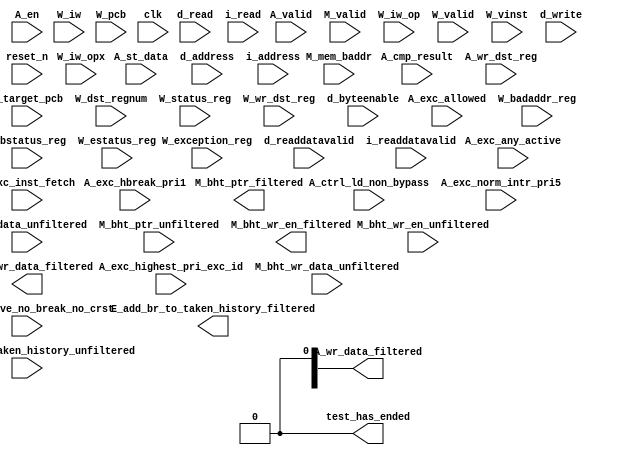
//Legal Notice: (C)2019 Altera Corporation. All rights reserved.  Your
//use of Altera Corporation's design tools, logic functions and other
//software and tools, and its AMPP partner logic functions, and any
//output files any of the foregoing (including device programming or
//simulation files), and any associated documentation or information are
//expressly subject to the terms and conditions of the Altera Program
//License Subscription Agreement or other applicable license agreement,
//including, without limitation, that your use is for the sole purpose
//of programming logic devices manufactured by Altera and sold by Altera
//or its authorized distributors.  Please refer to the applicable
//agreement for further details.

// synthesis translate_off
`timescale 1ns / 1ps
// synthesis translate_on

// turn off superfluous verilog processor warnings 
// altera message_level Level1 
// altera message_off 10034 10035 10036 10037 10230 10240 10030 

module system_worker_2_cpu_cpu_test_bench (
                                            // inputs:
                                             A_cmp_result,
                                             A_ctrl_ld_non_bypass,
                                             A_en,
                                             A_exc_active_no_break_no_crst,
                                             A_exc_allowed,
                                             A_exc_any_active,
                                             A_exc_hbreak_pri1,
                                             A_exc_highest_pri_exc_id,
                                             A_exc_inst_fetch,
                                             A_exc_norm_intr_pri5,
                                             A_st_data,
                                             A_valid,
                                             A_wr_data_unfiltered,
                                             A_wr_dst_reg,
                                             E_add_br_to_taken_history_unfiltered,
                                             M_bht_ptr_unfiltered,
                                             M_bht_wr_data_unfiltered,
                                             M_bht_wr_en_unfiltered,
                                             M_mem_baddr,
                                             M_target_pcb,
                                             M_valid,
                                             W_badaddr_reg,
                                             W_bstatus_reg,
                                             W_dst_regnum,
                                             W_estatus_reg,
                                             W_exception_reg,
                                             W_iw,
                                             W_iw_op,
                                             W_iw_opx,
                                             W_pcb,
                                             W_status_reg,
                                             W_valid,
                                             W_vinst,
                                             W_wr_dst_reg,
                                             clk,
                                             d_address,
                                             d_byteenable,
                                             d_read,
                                             d_readdatavalid,
                                             d_write,
                                             i_address,
                                             i_read,
                                             i_readdatavalid,
                                             reset_n,

                                            // outputs:
                                             A_wr_data_filtered,
                                             E_add_br_to_taken_history_filtered,
                                             M_bht_ptr_filtered,
                                             M_bht_wr_data_filtered,
                                             M_bht_wr_en_filtered,
                                             test_has_ended
                                          )
;

  output  [ 31: 0] A_wr_data_filtered;
  output           E_add_br_to_taken_history_filtered;
  output  [  7: 0] M_bht_ptr_filtered;
  output  [  1: 0] M_bht_wr_data_filtered;
  output           M_bht_wr_en_filtered;
  output           test_has_ended;
  input            A_cmp_result;
  input            A_ctrl_ld_non_bypass;
  input            A_en;
  input            A_exc_active_no_break_no_crst;
  input            A_exc_allowed;
  input            A_exc_any_active;
  input            A_exc_hbreak_pri1;
  input   [ 31: 0] A_exc_highest_pri_exc_id;
  input            A_exc_inst_fetch;
  input            A_exc_norm_intr_pri5;
  input   [ 31: 0] A_st_data;
  input            A_valid;
  input   [ 31: 0] A_wr_data_unfiltered;
  input            A_wr_dst_reg;
  input            E_add_br_to_taken_history_unfiltered;
  input   [  7: 0] M_bht_ptr_unfiltered;
  input   [  1: 0] M_bht_wr_data_unfiltered;
  input            M_bht_wr_en_unfiltered;
  input   [ 29: 0] M_mem_baddr;
  input   [ 29: 0] M_target_pcb;
  input            M_valid;
  input   [ 31: 0] W_badaddr_reg;
  input   [ 31: 0] W_bstatus_reg;
  input   [  4: 0] W_dst_regnum;
  input   [ 31: 0] W_estatus_reg;
  input   [ 31: 0] W_exception_reg;
  input   [ 31: 0] W_iw;
  input   [  5: 0] W_iw_op;
  input   [  5: 0] W_iw_opx;
  input   [ 29: 0] W_pcb;
  input   [ 31: 0] W_status_reg;
  input            W_valid;
  input   [ 71: 0] W_vinst;
  input            W_wr_dst_reg;
  input            clk;
  input   [ 29: 0] d_address;
  input   [  3: 0] d_byteenable;
  input            d_read;
  input            d_readdatavalid;
  input            d_write;
  input   [ 29: 0] i_address;
  input            i_read;
  input            i_readdatavalid;
  input            reset_n;


wire             A_iw_invalid;
reg     [ 29: 0] A_mem_baddr;
reg     [ 29: 0] A_target_pcb;
wire    [ 31: 0] A_wr_data_filtered;
wire             A_wr_data_unfiltered_0_is_x;
wire             A_wr_data_unfiltered_10_is_x;
wire             A_wr_data_unfiltered_11_is_x;
wire             A_wr_data_unfiltered_12_is_x;
wire             A_wr_data_unfiltered_13_is_x;
wire             A_wr_data_unfiltered_14_is_x;
wire             A_wr_data_unfiltered_15_is_x;
wire             A_wr_data_unfiltered_16_is_x;
wire             A_wr_data_unfiltered_17_is_x;
wire             A_wr_data_unfiltered_18_is_x;
wire             A_wr_data_unfiltered_19_is_x;
wire             A_wr_data_unfiltered_1_is_x;
wire             A_wr_data_unfiltered_20_is_x;
wire             A_wr_data_unfiltered_21_is_x;
wire             A_wr_data_unfiltered_22_is_x;
wire             A_wr_data_unfiltered_23_is_x;
wire             A_wr_data_unfiltered_24_is_x;
wire             A_wr_data_unfiltered_25_is_x;
wire             A_wr_data_unfiltered_26_is_x;
wire             A_wr_data_unfiltered_27_is_x;
wire             A_wr_data_unfiltered_28_is_x;
wire             A_wr_data_unfiltered_29_is_x;
wire             A_wr_data_unfiltered_2_is_x;
wire             A_wr_data_unfiltered_30_is_x;
wire             A_wr_data_unfiltered_31_is_x;
wire             A_wr_data_unfiltered_3_is_x;
wire             A_wr_data_unfiltered_4_is_x;
wire             A_wr_data_unfiltered_5_is_x;
wire             A_wr_data_unfiltered_6_is_x;
wire             A_wr_data_unfiltered_7_is_x;
wire             A_wr_data_unfiltered_8_is_x;
wire             A_wr_data_unfiltered_9_is_x;
wire             E_add_br_to_taken_history_filtered;
wire             E_add_br_to_taken_history_unfiltered_is_x;
wire    [  7: 0] M_bht_ptr_filtered;
wire             M_bht_ptr_unfiltered_0_is_x;
wire             M_bht_ptr_unfiltered_1_is_x;
wire             M_bht_ptr_unfiltered_2_is_x;
wire             M_bht_ptr_unfiltered_3_is_x;
wire             M_bht_ptr_unfiltered_4_is_x;
wire             M_bht_ptr_unfiltered_5_is_x;
wire             M_bht_ptr_unfiltered_6_is_x;
wire             M_bht_ptr_unfiltered_7_is_x;
wire    [  1: 0] M_bht_wr_data_filtered;
wire             M_bht_wr_data_unfiltered_0_is_x;
wire             M_bht_wr_data_unfiltered_1_is_x;
wire             M_bht_wr_en_filtered;
wire             M_bht_wr_en_unfiltered_is_x;
reg              W_cmp_result;
reg              W_exc_any_active;
reg     [ 31: 0] W_exc_highest_pri_exc_id;
wire             W_is_opx_inst;
reg              W_iw_invalid;
wire             W_op_add;
wire             W_op_addi;
wire             W_op_and;
wire             W_op_andhi;
wire             W_op_andi;
wire             W_op_beq;
wire             W_op_bge;
wire             W_op_bgeu;
wire             W_op_blt;
wire             W_op_bltu;
wire             W_op_bne;
wire             W_op_br;
wire             W_op_break;
wire             W_op_bret;
wire             W_op_call;
wire             W_op_callr;
wire             W_op_cmpeq;
wire             W_op_cmpeqi;
wire             W_op_cmpge;
wire             W_op_cmpgei;
wire             W_op_cmpgeu;
wire             W_op_cmpgeui;
wire             W_op_cmplt;
wire             W_op_cmplti;
wire             W_op_cmpltu;
wire             W_op_cmpltui;
wire             W_op_cmpne;
wire             W_op_cmpnei;
wire             W_op_crst;
wire             W_op_custom;
wire             W_op_div;
wire             W_op_divu;
wire             W_op_eret;
wire             W_op_flushd;
wire             W_op_flushda;
wire             W_op_flushi;
wire             W_op_flushp;
wire             W_op_hbreak;
wire             W_op_initd;
wire             W_op_initda;
wire             W_op_initi;
wire             W_op_intr;
wire             W_op_jmp;
wire             W_op_jmpi;
wire             W_op_ldb;
wire             W_op_ldbio;
wire             W_op_ldbu;
wire             W_op_ldbuio;
wire             W_op_ldh;
wire             W_op_ldhio;
wire             W_op_ldhu;
wire             W_op_ldhuio;
wire             W_op_ldl;
wire             W_op_ldw;
wire             W_op_ldwio;
wire             W_op_mul;
wire             W_op_muli;
wire             W_op_mulxss;
wire             W_op_mulxsu;
wire             W_op_mulxuu;
wire             W_op_nextpc;
wire             W_op_nor;
wire             W_op_op_rsv02;
wire             W_op_op_rsv09;
wire             W_op_op_rsv10;
wire             W_op_op_rsv17;
wire             W_op_op_rsv18;
wire             W_op_op_rsv25;
wire             W_op_op_rsv26;
wire             W_op_op_rsv33;
wire             W_op_op_rsv34;
wire             W_op_op_rsv41;
wire             W_op_op_rsv42;
wire             W_op_op_rsv49;
wire             W_op_op_rsv57;
wire             W_op_op_rsv61;
wire             W_op_op_rsv62;
wire             W_op_op_rsv63;
wire             W_op_opx_rsv00;
wire             W_op_opx_rsv10;
wire             W_op_opx_rsv15;
wire             W_op_opx_rsv17;
wire             W_op_opx_rsv21;
wire             W_op_opx_rsv25;
wire             W_op_opx_rsv33;
wire             W_op_opx_rsv34;
wire             W_op_opx_rsv35;
wire             W_op_opx_rsv42;
wire             W_op_opx_rsv43;
wire             W_op_opx_rsv44;
wire             W_op_opx_rsv47;
wire             W_op_opx_rsv50;
wire             W_op_opx_rsv51;
wire             W_op_opx_rsv55;
wire             W_op_opx_rsv56;
wire             W_op_opx_rsv60;
wire             W_op_opx_rsv63;
wire             W_op_or;
wire             W_op_orhi;
wire             W_op_ori;
wire             W_op_rdctl;
wire             W_op_rdprs;
wire             W_op_ret;
wire             W_op_rol;
wire             W_op_roli;
wire             W_op_ror;
wire             W_op_sll;
wire             W_op_slli;
wire             W_op_sra;
wire             W_op_srai;
wire             W_op_srl;
wire             W_op_srli;
wire             W_op_stb;
wire             W_op_stbio;
wire             W_op_stc;
wire             W_op_sth;
wire             W_op_sthio;
wire             W_op_stw;
wire             W_op_stwio;
wire             W_op_sub;
wire             W_op_sync;
wire             W_op_trap;
wire             W_op_wrctl;
wire             W_op_wrprs;
wire             W_op_xor;
wire             W_op_xorhi;
wire             W_op_xori;
reg     [ 31: 0] W_st_data;
reg     [ 29: 0] W_target_pcb;
reg              W_valid_crst;
reg              W_valid_hbreak;
reg              W_valid_intr;
reg     [ 31: 0] W_wr_data_filtered;
wire             test_has_ended;
  assign W_op_call = W_iw_op == 0;
  assign W_op_jmpi = W_iw_op == 1;
  assign W_op_op_rsv02 = W_iw_op == 2;
  assign W_op_ldbu = W_iw_op == 3;
  assign W_op_addi = W_iw_op == 4;
  assign W_op_stb = W_iw_op == 5;
  assign W_op_br = W_iw_op == 6;
  assign W_op_ldb = W_iw_op == 7;
  assign W_op_cmpgei = W_iw_op == 8;
  assign W_op_op_rsv09 = W_iw_op == 9;
  assign W_op_op_rsv10 = W_iw_op == 10;
  assign W_op_ldhu = W_iw_op == 11;
  assign W_op_andi = W_iw_op == 12;
  assign W_op_sth = W_iw_op == 13;
  assign W_op_bge = W_iw_op == 14;
  assign W_op_ldh = W_iw_op == 15;
  assign W_op_cmplti = W_iw_op == 16;
  assign W_op_op_rsv17 = W_iw_op == 17;
  assign W_op_op_rsv18 = W_iw_op == 18;
  assign W_op_initda = W_iw_op == 19;
  assign W_op_ori = W_iw_op == 20;
  assign W_op_stw = W_iw_op == 21;
  assign W_op_blt = W_iw_op == 22;
  assign W_op_ldw = W_iw_op == 23;
  assign W_op_cmpnei = W_iw_op == 24;
  assign W_op_op_rsv25 = W_iw_op == 25;
  assign W_op_op_rsv26 = W_iw_op == 26;
  assign W_op_flushda = W_iw_op == 27;
  assign W_op_xori = W_iw_op == 28;
  assign W_op_stc = W_iw_op == 29;
  assign W_op_bne = W_iw_op == 30;
  assign W_op_ldl = W_iw_op == 31;
  assign W_op_cmpeqi = W_iw_op == 32;
  assign W_op_op_rsv33 = W_iw_op == 33;
  assign W_op_op_rsv34 = W_iw_op == 34;
  assign W_op_ldbuio = W_iw_op == 35;
  assign W_op_muli = W_iw_op == 36;
  assign W_op_stbio = W_iw_op == 37;
  assign W_op_beq = W_iw_op == 38;
  assign W_op_ldbio = W_iw_op == 39;
  assign W_op_cmpgeui = W_iw_op == 40;
  assign W_op_op_rsv41 = W_iw_op == 41;
  assign W_op_op_rsv42 = W_iw_op == 42;
  assign W_op_ldhuio = W_iw_op == 43;
  assign W_op_andhi = W_iw_op == 44;
  assign W_op_sthio = W_iw_op == 45;
  assign W_op_bgeu = W_iw_op == 46;
  assign W_op_ldhio = W_iw_op == 47;
  assign W_op_cmpltui = W_iw_op == 48;
  assign W_op_op_rsv49 = W_iw_op == 49;
  assign W_op_custom = W_iw_op == 50;
  assign W_op_initd = W_iw_op == 51;
  assign W_op_orhi = W_iw_op == 52;
  assign W_op_stwio = W_iw_op == 53;
  assign W_op_bltu = W_iw_op == 54;
  assign W_op_ldwio = W_iw_op == 55;
  assign W_op_rdprs = W_iw_op == 56;
  assign W_op_op_rsv57 = W_iw_op == 57;
  assign W_op_flushd = W_iw_op == 59;
  assign W_op_xorhi = W_iw_op == 60;
  assign W_op_op_rsv61 = W_iw_op == 61;
  assign W_op_op_rsv62 = W_iw_op == 62;
  assign W_op_op_rsv63 = W_iw_op == 63;
  assign W_op_opx_rsv00 = (W_iw_opx == 0) & W_is_opx_inst;
  assign W_op_eret = (W_iw_opx == 1) & W_is_opx_inst;
  assign W_op_roli = (W_iw_opx == 2) & W_is_opx_inst;
  assign W_op_rol = (W_iw_opx == 3) & W_is_opx_inst;
  assign W_op_flushp = (W_iw_opx == 4) & W_is_opx_inst;
  assign W_op_ret = (W_iw_opx == 5) & W_is_opx_inst;
  assign W_op_nor = (W_iw_opx == 6) & W_is_opx_inst;
  assign W_op_mulxuu = (W_iw_opx == 7) & W_is_opx_inst;
  assign W_op_cmpge = (W_iw_opx == 8) & W_is_opx_inst;
  assign W_op_bret = (W_iw_opx == 9) & W_is_opx_inst;
  assign W_op_opx_rsv10 = (W_iw_opx == 10) & W_is_opx_inst;
  assign W_op_ror = (W_iw_opx == 11) & W_is_opx_inst;
  assign W_op_flushi = (W_iw_opx == 12) & W_is_opx_inst;
  assign W_op_jmp = (W_iw_opx == 13) & W_is_opx_inst;
  assign W_op_and = (W_iw_opx == 14) & W_is_opx_inst;
  assign W_op_opx_rsv15 = (W_iw_opx == 15) & W_is_opx_inst;
  assign W_op_cmplt = (W_iw_opx == 16) & W_is_opx_inst;
  assign W_op_opx_rsv17 = (W_iw_opx == 17) & W_is_opx_inst;
  assign W_op_slli = (W_iw_opx == 18) & W_is_opx_inst;
  assign W_op_sll = (W_iw_opx == 19) & W_is_opx_inst;
  assign W_op_wrprs = (W_iw_opx == 20) & W_is_opx_inst;
  assign W_op_opx_rsv21 = (W_iw_opx == 21) & W_is_opx_inst;
  assign W_op_or = (W_iw_opx == 22) & W_is_opx_inst;
  assign W_op_mulxsu = (W_iw_opx == 23) & W_is_opx_inst;
  assign W_op_cmpne = (W_iw_opx == 24) & W_is_opx_inst;
  assign W_op_opx_rsv25 = (W_iw_opx == 25) & W_is_opx_inst;
  assign W_op_srli = (W_iw_opx == 26) & W_is_opx_inst;
  assign W_op_srl = (W_iw_opx == 27) & W_is_opx_inst;
  assign W_op_nextpc = (W_iw_opx == 28) & W_is_opx_inst;
  assign W_op_callr = (W_iw_opx == 29) & W_is_opx_inst;
  assign W_op_xor = (W_iw_opx == 30) & W_is_opx_inst;
  assign W_op_mulxss = (W_iw_opx == 31) & W_is_opx_inst;
  assign W_op_cmpeq = (W_iw_opx == 32) & W_is_opx_inst;
  assign W_op_opx_rsv33 = (W_iw_opx == 33) & W_is_opx_inst;
  assign W_op_opx_rsv34 = (W_iw_opx == 34) & W_is_opx_inst;
  assign W_op_opx_rsv35 = (W_iw_opx == 35) & W_is_opx_inst;
  assign W_op_divu = (W_iw_opx == 36) & W_is_opx_inst;
  assign W_op_div = (W_iw_opx == 37) & W_is_opx_inst;
  assign W_op_rdctl = (W_iw_opx == 38) & W_is_opx_inst;
  assign W_op_mul = (W_iw_opx == 39) & W_is_opx_inst;
  assign W_op_cmpgeu = (W_iw_opx == 40) & W_is_opx_inst;
  assign W_op_initi = (W_iw_opx == 41) & W_is_opx_inst;
  assign W_op_opx_rsv42 = (W_iw_opx == 42) & W_is_opx_inst;
  assign W_op_opx_rsv43 = (W_iw_opx == 43) & W_is_opx_inst;
  assign W_op_opx_rsv44 = (W_iw_opx == 44) & W_is_opx_inst;
  assign W_op_trap = (W_iw_opx == 45) & W_is_opx_inst;
  assign W_op_wrctl = (W_iw_opx == 46) & W_is_opx_inst;
  assign W_op_opx_rsv47 = (W_iw_opx == 47) & W_is_opx_inst;
  assign W_op_cmpltu = (W_iw_opx == 48) & W_is_opx_inst;
  assign W_op_add = (W_iw_opx == 49) & W_is_opx_inst;
  assign W_op_opx_rsv50 = (W_iw_opx == 50) & W_is_opx_inst;
  assign W_op_opx_rsv51 = (W_iw_opx == 51) & W_is_opx_inst;
  assign W_op_break = (W_iw_opx == 52) & W_is_opx_inst;
  assign W_op_hbreak = (W_iw_opx == 53) & W_is_opx_inst;
  assign W_op_sync = (W_iw_opx == 54) & W_is_opx_inst;
  assign W_op_opx_rsv55 = (W_iw_opx == 55) & W_is_opx_inst;
  assign W_op_opx_rsv56 = (W_iw_opx == 56) & W_is_opx_inst;
  assign W_op_sub = (W_iw_opx == 57) & W_is_opx_inst;
  assign W_op_srai = (W_iw_opx == 58) & W_is_opx_inst;
  assign W_op_sra = (W_iw_opx == 59) & W_is_opx_inst;
  assign W_op_opx_rsv60 = (W_iw_opx == 60) & W_is_opx_inst;
  assign W_op_intr = (W_iw_opx == 61) & W_is_opx_inst;
  assign W_op_crst = (W_iw_opx == 62) & W_is_opx_inst;
  assign W_op_opx_rsv63 = (W_iw_opx == 63) & W_is_opx_inst;
  assign W_is_opx_inst = W_iw_op == 58;
  always @(posedge clk or negedge reset_n)
    begin
      if (reset_n == 0)
          A_target_pcb <= 0;
      else if (A_en)
          A_target_pcb <= M_target_pcb;
    end


  always @(posedge clk or negedge reset_n)
    begin
      if (reset_n == 0)
          A_mem_baddr <= 0;
      else if (A_en)
          A_mem_baddr <= M_mem_baddr;
    end


  always @(posedge clk or negedge reset_n)
    begin
      if (reset_n == 0)
          W_wr_data_filtered <= 0;
      else 
        W_wr_data_filtered <= A_wr_data_filtered;
    end


  always @(posedge clk or negedge reset_n)
    begin
      if (reset_n == 0)
          W_st_data <= 0;
      else 
        W_st_data <= A_st_data;
    end


  always @(posedge clk or negedge reset_n)
    begin
      if (reset_n == 0)
          W_cmp_result <= 0;
      else 
        W_cmp_result <= A_cmp_result;
    end


  always @(posedge clk or negedge reset_n)
    begin
      if (reset_n == 0)
          W_target_pcb <= 0;
      else 
        W_target_pcb <= A_target_pcb;
    end


  always @(posedge clk or negedge reset_n)
    begin
      if (reset_n == 0)
          W_valid_hbreak <= 0;
      else 
        W_valid_hbreak <= A_exc_allowed & A_exc_hbreak_pri1;
    end


  always @(posedge clk or negedge reset_n)
    begin
      if (reset_n == 0)
          W_valid_crst <= 0;
      else 
        W_valid_crst <= A_exc_allowed & 0;
    end


  always @(posedge clk or negedge reset_n)
    begin
      if (reset_n == 0)
          W_valid_intr <= 0;
      else 
        W_valid_intr <= A_exc_allowed & A_exc_norm_intr_pri5;
    end


  always @(posedge clk or negedge reset_n)
    begin
      if (reset_n == 0)
          W_exc_any_active <= 0;
      else 
        W_exc_any_active <= A_exc_any_active;
    end


  always @(posedge clk or negedge reset_n)
    begin
      if (reset_n == 0)
          W_exc_highest_pri_exc_id <= 0;
      else 
        W_exc_highest_pri_exc_id <= A_exc_highest_pri_exc_id;
    end


  assign A_iw_invalid = A_exc_inst_fetch & A_exc_active_no_break_no_crst;
  always @(posedge clk or negedge reset_n)
    begin
      if (reset_n == 0)
          W_iw_invalid <= 0;
      else 
        W_iw_invalid <= A_iw_invalid;
    end


  assign test_has_ended = 1'b0;

//synthesis translate_off
//////////////// SIMULATION-ONLY CONTENTS
  //Clearing 'X' data bits
  assign A_wr_data_unfiltered_0_is_x = ^(A_wr_data_unfiltered[0]) === 1'bx;

  assign A_wr_data_filtered[0] = (A_wr_data_unfiltered_0_is_x & (A_ctrl_ld_non_bypass)) ? 1'b0 : A_wr_data_unfiltered[0];
  assign A_wr_data_unfiltered_1_is_x = ^(A_wr_data_unfiltered[1]) === 1'bx;
  assign A_wr_data_filtered[1] = (A_wr_data_unfiltered_1_is_x & (A_ctrl_ld_non_bypass)) ? 1'b0 : A_wr_data_unfiltered[1];
  assign A_wr_data_unfiltered_2_is_x = ^(A_wr_data_unfiltered[2]) === 1'bx;
  assign A_wr_data_filtered[2] = (A_wr_data_unfiltered_2_is_x & (A_ctrl_ld_non_bypass)) ? 1'b0 : A_wr_data_unfiltered[2];
  assign A_wr_data_unfiltered_3_is_x = ^(A_wr_data_unfiltered[3]) === 1'bx;
  assign A_wr_data_filtered[3] = (A_wr_data_unfiltered_3_is_x & (A_ctrl_ld_non_bypass)) ? 1'b0 : A_wr_data_unfiltered[3];
  assign A_wr_data_unfiltered_4_is_x = ^(A_wr_data_unfiltered[4]) === 1'bx;
  assign A_wr_data_filtered[4] = (A_wr_data_unfiltered_4_is_x & (A_ctrl_ld_non_bypass)) ? 1'b0 : A_wr_data_unfiltered[4];
  assign A_wr_data_unfiltered_5_is_x = ^(A_wr_data_unfiltered[5]) === 1'bx;
  assign A_wr_data_filtered[5] = (A_wr_data_unfiltered_5_is_x & (A_ctrl_ld_non_bypass)) ? 1'b0 : A_wr_data_unfiltered[5];
  assign A_wr_data_unfiltered_6_is_x = ^(A_wr_data_unfiltered[6]) === 1'bx;
  assign A_wr_data_filtered[6] = (A_wr_data_unfiltered_6_is_x & (A_ctrl_ld_non_bypass)) ? 1'b0 : A_wr_data_unfiltered[6];
  assign A_wr_data_unfiltered_7_is_x = ^(A_wr_data_unfiltered[7]) === 1'bx;
  assign A_wr_data_filtered[7] = (A_wr_data_unfiltered_7_is_x & (A_ctrl_ld_non_bypass)) ? 1'b0 : A_wr_data_unfiltered[7];
  assign A_wr_data_unfiltered_8_is_x = ^(A_wr_data_unfiltered[8]) === 1'bx;
  assign A_wr_data_filtered[8] = (A_wr_data_unfiltered_8_is_x & (A_ctrl_ld_non_bypass)) ? 1'b0 : A_wr_data_unfiltered[8];
  assign A_wr_data_unfiltered_9_is_x = ^(A_wr_data_unfiltered[9]) === 1'bx;
  assign A_wr_data_filtered[9] = (A_wr_data_unfiltered_9_is_x & (A_ctrl_ld_non_bypass)) ? 1'b0 : A_wr_data_unfiltered[9];
  assign A_wr_data_unfiltered_10_is_x = ^(A_wr_data_unfiltered[10]) === 1'bx;
  assign A_wr_data_filtered[10] = (A_wr_data_unfiltered_10_is_x & (A_ctrl_ld_non_bypass)) ? 1'b0 : A_wr_data_unfiltered[10];
  assign A_wr_data_unfiltered_11_is_x = ^(A_wr_data_unfiltered[11]) === 1'bx;
  assign A_wr_data_filtered[11] = (A_wr_data_unfiltered_11_is_x & (A_ctrl_ld_non_bypass)) ? 1'b0 : A_wr_data_unfiltered[11];
  assign A_wr_data_unfiltered_12_is_x = ^(A_wr_data_unfiltered[12]) === 1'bx;
  assign A_wr_data_filtered[12] = (A_wr_data_unfiltered_12_is_x & (A_ctrl_ld_non_bypass)) ? 1'b0 : A_wr_data_unfiltered[12];
  assign A_wr_data_unfiltered_13_is_x = ^(A_wr_data_unfiltered[13]) === 1'bx;
  assign A_wr_data_filtered[13] = (A_wr_data_unfiltered_13_is_x & (A_ctrl_ld_non_bypass)) ? 1'b0 : A_wr_data_unfiltered[13];
  assign A_wr_data_unfiltered_14_is_x = ^(A_wr_data_unfiltered[14]) === 1'bx;
  assign A_wr_data_filtered[14] = (A_wr_data_unfiltered_14_is_x & (A_ctrl_ld_non_bypass)) ? 1'b0 : A_wr_data_unfiltered[14];
  assign A_wr_data_unfiltered_15_is_x = ^(A_wr_data_unfiltered[15]) === 1'bx;
  assign A_wr_data_filtered[15] = (A_wr_data_unfiltered_15_is_x & (A_ctrl_ld_non_bypass)) ? 1'b0 : A_wr_data_unfiltered[15];
  assign A_wr_data_unfiltered_16_is_x = ^(A_wr_data_unfiltered[16]) === 1'bx;
  assign A_wr_data_filtered[16] = (A_wr_data_unfiltered_16_is_x & (A_ctrl_ld_non_bypass)) ? 1'b0 : A_wr_data_unfiltered[16];
  assign A_wr_data_unfiltered_17_is_x = ^(A_wr_data_unfiltered[17]) === 1'bx;
  assign A_wr_data_filtered[17] = (A_wr_data_unfiltered_17_is_x & (A_ctrl_ld_non_bypass)) ? 1'b0 : A_wr_data_unfiltered[17];
  assign A_wr_data_unfiltered_18_is_x = ^(A_wr_data_unfiltered[18]) === 1'bx;
  assign A_wr_data_filtered[18] = (A_wr_data_unfiltered_18_is_x & (A_ctrl_ld_non_bypass)) ? 1'b0 : A_wr_data_unfiltered[18];
  assign A_wr_data_unfiltered_19_is_x = ^(A_wr_data_unfiltered[19]) === 1'bx;
  assign A_wr_data_filtered[19] = (A_wr_data_unfiltered_19_is_x & (A_ctrl_ld_non_bypass)) ? 1'b0 : A_wr_data_unfiltered[19];
  assign A_wr_data_unfiltered_20_is_x = ^(A_wr_data_unfiltered[20]) === 1'bx;
  assign A_wr_data_filtered[20] = (A_wr_data_unfiltered_20_is_x & (A_ctrl_ld_non_bypass)) ? 1'b0 : A_wr_data_unfiltered[20];
  assign A_wr_data_unfiltered_21_is_x = ^(A_wr_data_unfiltered[21]) === 1'bx;
  assign A_wr_data_filtered[21] = (A_wr_data_unfiltered_21_is_x & (A_ctrl_ld_non_bypass)) ? 1'b0 : A_wr_data_unfiltered[21];
  assign A_wr_data_unfiltered_22_is_x = ^(A_wr_data_unfiltered[22]) === 1'bx;
  assign A_wr_data_filtered[22] = (A_wr_data_unfiltered_22_is_x & (A_ctrl_ld_non_bypass)) ? 1'b0 : A_wr_data_unfiltered[22];
  assign A_wr_data_unfiltered_23_is_x = ^(A_wr_data_unfiltered[23]) === 1'bx;
  assign A_wr_data_filtered[23] = (A_wr_data_unfiltered_23_is_x & (A_ctrl_ld_non_bypass)) ? 1'b0 : A_wr_data_unfiltered[23];
  assign A_wr_data_unfiltered_24_is_x = ^(A_wr_data_unfiltered[24]) === 1'bx;
  assign A_wr_data_filtered[24] = (A_wr_data_unfiltered_24_is_x & (A_ctrl_ld_non_bypass)) ? 1'b0 : A_wr_data_unfiltered[24];
  assign A_wr_data_unfiltered_25_is_x = ^(A_wr_data_unfiltered[25]) === 1'bx;
  assign A_wr_data_filtered[25] = (A_wr_data_unfiltered_25_is_x & (A_ctrl_ld_non_bypass)) ? 1'b0 : A_wr_data_unfiltered[25];
  assign A_wr_data_unfiltered_26_is_x = ^(A_wr_data_unfiltered[26]) === 1'bx;
  assign A_wr_data_filtered[26] = (A_wr_data_unfiltered_26_is_x & (A_ctrl_ld_non_bypass)) ? 1'b0 : A_wr_data_unfiltered[26];
  assign A_wr_data_unfiltered_27_is_x = ^(A_wr_data_unfiltered[27]) === 1'bx;
  assign A_wr_data_filtered[27] = (A_wr_data_unfiltered_27_is_x & (A_ctrl_ld_non_bypass)) ? 1'b0 : A_wr_data_unfiltered[27];
  assign A_wr_data_unfiltered_28_is_x = ^(A_wr_data_unfiltered[28]) === 1'bx;
  assign A_wr_data_filtered[28] = (A_wr_data_unfiltered_28_is_x & (A_ctrl_ld_non_bypass)) ? 1'b0 : A_wr_data_unfiltered[28];
  assign A_wr_data_unfiltered_29_is_x = ^(A_wr_data_unfiltered[29]) === 1'bx;
  assign A_wr_data_filtered[29] = (A_wr_data_unfiltered_29_is_x & (A_ctrl_ld_non_bypass)) ? 1'b0 : A_wr_data_unfiltered[29];
  assign A_wr_data_unfiltered_30_is_x = ^(A_wr_data_unfiltered[30]) === 1'bx;
  assign A_wr_data_filtered[30] = (A_wr_data_unfiltered_30_is_x & (A_ctrl_ld_non_bypass)) ? 1'b0 : A_wr_data_unfiltered[30];
  assign A_wr_data_unfiltered_31_is_x = ^(A_wr_data_unfiltered[31]) === 1'bx;
  assign A_wr_data_filtered[31] = (A_wr_data_unfiltered_31_is_x & (A_ctrl_ld_non_bypass)) ? 1'b0 : A_wr_data_unfiltered[31];
  //Clearing 'X' data bits
  assign E_add_br_to_taken_history_unfiltered_is_x = ^(E_add_br_to_taken_history_unfiltered) === 1'bx;

  assign E_add_br_to_taken_history_filtered = E_add_br_to_taken_history_unfiltered_is_x ? 1'b0 : E_add_br_to_taken_history_unfiltered;
  //Clearing 'X' data bits
  assign M_bht_wr_en_unfiltered_is_x = ^(M_bht_wr_en_unfiltered) === 1'bx;

  assign M_bht_wr_en_filtered = M_bht_wr_en_unfiltered_is_x ? 1'b0 : M_bht_wr_en_unfiltered;
  //Clearing 'X' data bits
  assign M_bht_wr_data_unfiltered_0_is_x = ^(M_bht_wr_data_unfiltered[0]) === 1'bx;

  assign M_bht_wr_data_filtered[0] = M_bht_wr_data_unfiltered_0_is_x ? 1'b0 : M_bht_wr_data_unfiltered[0];
  assign M_bht_wr_data_unfiltered_1_is_x = ^(M_bht_wr_data_unfiltered[1]) === 1'bx;
  assign M_bht_wr_data_filtered[1] = M_bht_wr_data_unfiltered_1_is_x ? 1'b0 : M_bht_wr_data_unfiltered[1];
  //Clearing 'X' data bits
  assign M_bht_ptr_unfiltered_0_is_x = ^(M_bht_ptr_unfiltered[0]) === 1'bx;

  assign M_bht_ptr_filtered[0] = M_bht_ptr_unfiltered_0_is_x ? 1'b0 : M_bht_ptr_unfiltered[0];
  assign M_bht_ptr_unfiltered_1_is_x = ^(M_bht_ptr_unfiltered[1]) === 1'bx;
  assign M_bht_ptr_filtered[1] = M_bht_ptr_unfiltered_1_is_x ? 1'b0 : M_bht_ptr_unfiltered[1];
  assign M_bht_ptr_unfiltered_2_is_x = ^(M_bht_ptr_unfiltered[2]) === 1'bx;
  assign M_bht_ptr_filtered[2] = M_bht_ptr_unfiltered_2_is_x ? 1'b0 : M_bht_ptr_unfiltered[2];
  assign M_bht_ptr_unfiltered_3_is_x = ^(M_bht_ptr_unfiltered[3]) === 1'bx;
  assign M_bht_ptr_filtered[3] = M_bht_ptr_unfiltered_3_is_x ? 1'b0 : M_bht_ptr_unfiltered[3];
  assign M_bht_ptr_unfiltered_4_is_x = ^(M_bht_ptr_unfiltered[4]) === 1'bx;
  assign M_bht_ptr_filtered[4] = M_bht_ptr_unfiltered_4_is_x ? 1'b0 : M_bht_ptr_unfiltered[4];
  assign M_bht_ptr_unfiltered_5_is_x = ^(M_bht_ptr_unfiltered[5]) === 1'bx;
  assign M_bht_ptr_filtered[5] = M_bht_ptr_unfiltered_5_is_x ? 1'b0 : M_bht_ptr_unfiltered[5];
  assign M_bht_ptr_unfiltered_6_is_x = ^(M_bht_ptr_unfiltered[6]) === 1'bx;
  assign M_bht_ptr_filtered[6] = M_bht_ptr_unfiltered_6_is_x ? 1'b0 : M_bht_ptr_unfiltered[6];
  assign M_bht_ptr_unfiltered_7_is_x = ^(M_bht_ptr_unfiltered[7]) === 1'bx;
  assign M_bht_ptr_filtered[7] = M_bht_ptr_unfiltered_7_is_x ? 1'b0 : M_bht_ptr_unfiltered[7];
  always @(posedge clk)
    begin
      if (reset_n)
          if (^(W_wr_dst_reg) === 1'bx)
            begin
              $write("%0d ns: ERROR: system_worker_2_cpu_cpu_test_bench/W_wr_dst_reg is 'x'\n", $time);
              $stop;
            end
    end


  always @(posedge clk or negedge reset_n)
    begin
      if (reset_n == 0)
        begin
        end
      else if (W_wr_dst_reg)
          if (^(W_dst_regnum) === 1'bx)
            begin
              $write("%0d ns: ERROR: system_worker_2_cpu_cpu_test_bench/W_dst_regnum is 'x'\n", $time);
              $stop;
            end
    end


  always @(posedge clk)
    begin
      if (reset_n)
          if (^(W_valid) === 1'bx)
            begin
              $write("%0d ns: ERROR: system_worker_2_cpu_cpu_test_bench/W_valid is 'x'\n", $time);
              $stop;
            end
    end


  always @(posedge clk or negedge reset_n)
    begin
      if (reset_n == 0)
        begin
        end
      else if (W_valid)
          if (^(W_pcb) === 1'bx)
            begin
              $write("%0d ns: ERROR: system_worker_2_cpu_cpu_test_bench/W_pcb is 'x'\n", $time);
              $stop;
            end
    end


  always @(posedge clk or negedge reset_n)
    begin
      if (reset_n == 0)
        begin
        end
      else if (W_valid)
          if (^(W_iw) === 1'bx)
            begin
              $write("%0d ns: ERROR: system_worker_2_cpu_cpu_test_bench/W_iw is 'x'\n", $time);
              $stop;
            end
    end


  always @(posedge clk)
    begin
      if (reset_n)
          if (^(A_en) === 1'bx)
            begin
              $write("%0d ns: ERROR: system_worker_2_cpu_cpu_test_bench/A_en is 'x'\n", $time);
              $stop;
            end
    end


  always @(posedge clk)
    begin
      if (reset_n)
          if (^(M_valid) === 1'bx)
            begin
              $write("%0d ns: ERROR: system_worker_2_cpu_cpu_test_bench/M_valid is 'x'\n", $time);
              $stop;
            end
    end


  always @(posedge clk)
    begin
      if (reset_n)
          if (^(A_valid) === 1'bx)
            begin
              $write("%0d ns: ERROR: system_worker_2_cpu_cpu_test_bench/A_valid is 'x'\n", $time);
              $stop;
            end
    end


  always @(posedge clk or negedge reset_n)
    begin
      if (reset_n == 0)
        begin
        end
      else if (A_valid & A_en & A_wr_dst_reg)
          if (^(A_wr_data_unfiltered) === 1'bx)
            begin
              $write("%0d ns: WARNING: system_worker_2_cpu_cpu_test_bench/A_wr_data_unfiltered is 'x'\n", $time);
            end
    end


  always @(posedge clk)
    begin
      if (reset_n)
          if (^(W_status_reg) === 1'bx)
            begin
              $write("%0d ns: ERROR: system_worker_2_cpu_cpu_test_bench/W_status_reg is 'x'\n", $time);
              $stop;
            end
    end


  always @(posedge clk)
    begin
      if (reset_n)
          if (^(W_estatus_reg) === 1'bx)
            begin
              $write("%0d ns: ERROR: system_worker_2_cpu_cpu_test_bench/W_estatus_reg is 'x'\n", $time);
              $stop;
            end
    end


  always @(posedge clk)
    begin
      if (reset_n)
          if (^(W_bstatus_reg) === 1'bx)
            begin
              $write("%0d ns: ERROR: system_worker_2_cpu_cpu_test_bench/W_bstatus_reg is 'x'\n", $time);
              $stop;
            end
    end


  always @(posedge clk)
    begin
      if (reset_n)
          if (^(W_exception_reg) === 1'bx)
            begin
              $write("%0d ns: ERROR: system_worker_2_cpu_cpu_test_bench/W_exception_reg is 'x'\n", $time);
              $stop;
            end
    end


  always @(posedge clk)
    begin
      if (reset_n)
          if (^(W_badaddr_reg) === 1'bx)
            begin
              $write("%0d ns: ERROR: system_worker_2_cpu_cpu_test_bench/W_badaddr_reg is 'x'\n", $time);
              $stop;
            end
    end


  always @(posedge clk)
    begin
      if (reset_n)
          if (^(A_exc_any_active) === 1'bx)
            begin
              $write("%0d ns: ERROR: system_worker_2_cpu_cpu_test_bench/A_exc_any_active is 'x'\n", $time);
              $stop;
            end
    end


  always @(posedge clk)
    begin
      if (reset_n)
          if (^(i_read) === 1'bx)
            begin
              $write("%0d ns: ERROR: system_worker_2_cpu_cpu_test_bench/i_read is 'x'\n", $time);
              $stop;
            end
    end


  always @(posedge clk or negedge reset_n)
    begin
      if (reset_n == 0)
        begin
        end
      else if (i_read)
          if (^(i_address) === 1'bx)
            begin
              $write("%0d ns: ERROR: system_worker_2_cpu_cpu_test_bench/i_address is 'x'\n", $time);
              $stop;
            end
    end


  always @(posedge clk)
    begin
      if (reset_n)
          if (^(d_write) === 1'bx)
            begin
              $write("%0d ns: ERROR: system_worker_2_cpu_cpu_test_bench/d_write is 'x'\n", $time);
              $stop;
            end
    end


  always @(posedge clk or negedge reset_n)
    begin
      if (reset_n == 0)
        begin
        end
      else if (d_write)
          if (^(d_byteenable) === 1'bx)
            begin
              $write("%0d ns: ERROR: system_worker_2_cpu_cpu_test_bench/d_byteenable is 'x'\n", $time);
              $stop;
            end
    end


  always @(posedge clk or negedge reset_n)
    begin
      if (reset_n == 0)
        begin
        end
      else if (d_write | d_read)
          if (^(d_address) === 1'bx)
            begin
              $write("%0d ns: ERROR: system_worker_2_cpu_cpu_test_bench/d_address is 'x'\n", $time);
              $stop;
            end
    end


  always @(posedge clk)
    begin
      if (reset_n)
          if (^(d_read) === 1'bx)
            begin
              $write("%0d ns: ERROR: system_worker_2_cpu_cpu_test_bench/d_read is 'x'\n", $time);
              $stop;
            end
    end


  always @(posedge clk)
    begin
      if (reset_n)
          if (^(i_readdatavalid) === 1'bx)
            begin
              $write("%0d ns: ERROR: system_worker_2_cpu_cpu_test_bench/i_readdatavalid is 'x'\n", $time);
              $stop;
            end
    end


  always @(posedge clk)
    begin
      if (reset_n)
          if (^(d_readdatavalid) === 1'bx)
            begin
              $write("%0d ns: ERROR: system_worker_2_cpu_cpu_test_bench/d_readdatavalid is 'x'\n", $time);
              $stop;
            end
    end



//////////////// END SIMULATION-ONLY CONTENTS

//synthesis translate_on
//synthesis read_comments_as_HDL on
//  
//  assign A_wr_data_filtered = A_wr_data_unfiltered;
//
//  
//  assign E_add_br_to_taken_history_filtered = E_add_br_to_taken_history_unfiltered;
//
//  
//  assign M_bht_wr_en_filtered = M_bht_wr_en_unfiltered;
//
//  
//  assign M_bht_wr_data_filtered = M_bht_wr_data_unfiltered;
//
//  
//  assign M_bht_ptr_filtered = M_bht_ptr_unfiltered;
//
//synthesis read_comments_as_HDL off

endmodule